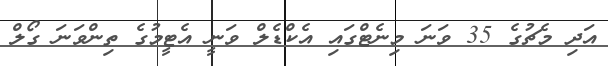
އަދި މެޗުގެ 35 ވަނަ މިނެޓްގައި އެކްޑެލް ވަނީ އެޓީމުގެ ތިންވަނަ ގޯލް